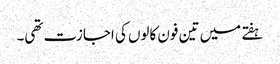
ہفتے میں تین فون کالوں کی اجازت تھی۔